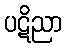
ပဋိညာ